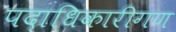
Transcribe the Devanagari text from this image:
पदाधिकारीगण